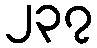
၂၃၇